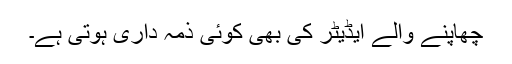
چھاپنے والے ایڈیٹر کی بھی کوئی ذمہ داری ہوتی ہے۔